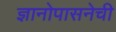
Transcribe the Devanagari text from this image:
ज्ञानोपासनेची